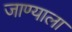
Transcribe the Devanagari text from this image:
जाण्याला